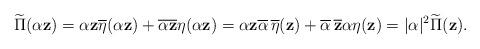
LaTeX: \begin{align*}\widetilde{\Pi}(\alpha \mathbf{z})=\alpha \mathbf{z} \overline{\eta}(\alpha \mathbf{z})+\overline{\alpha \mathbf{z}} \eta(\alpha \mathbf{z})= \alpha \mathbf{z} \overline{\alpha}\,\overline{\eta}(\mathbf{z})+\overline{\alpha}\, \mathbf{\overline{z}} \alpha \eta(\mathbf{z})=\lvert \alpha \rvert ^2 \widetilde{\Pi}(\mathbf{z}). \end{align*}